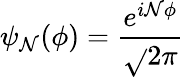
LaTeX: \psi_{\mathcal{N}}(\phi)={\frac{{e^{i\mathcal{N}\phi}}}{{\sqrt{}{{2\pi}}}}}